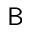
\mathsf { B }